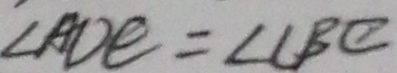
\angle A D E = \angle C B E